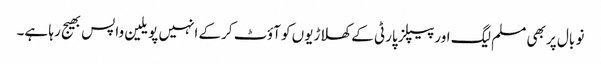
نو بال پر بھی مسلم لیگ اور پیپلز پارٹی کے کھلاڑیوں کو آؤٹ کرکے انہیں پویلین واپس بھیج رہا ہے۔